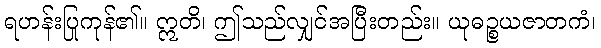
ရဟန်းပြုကုန်၏။ ဣတိ၊ ဤသည်လျှင်အပြီးတည်း။ ယုဓဉ္စယဇာတကံ၊